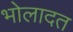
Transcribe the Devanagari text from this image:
भोलादत